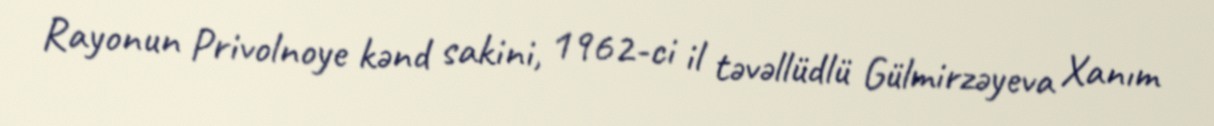
Rayonun Privolnoye kənd sakini, 1962-ci il təvəllüdlü Gülmirzəyeva Xanım